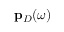
\mathbf { p } _ { D } ( \omega )